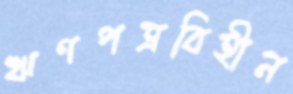
ঋণপত্রবিহীন